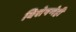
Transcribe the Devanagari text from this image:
विशेषणेही